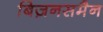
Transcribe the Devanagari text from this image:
बिज़नसमैन